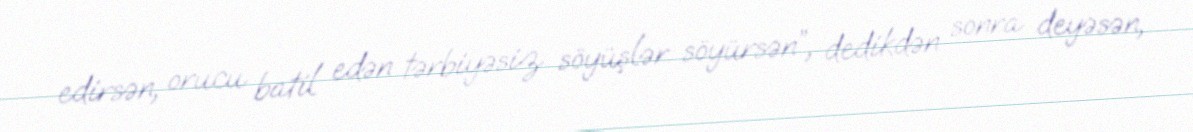
edirsən, orucu batil edən tərbiyəsiz söyüşlər söyürsən”, dedikdən sonra deyəsən,